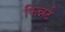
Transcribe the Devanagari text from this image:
फिन्नर्ट